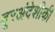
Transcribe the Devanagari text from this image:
दूरअंदेशीकी